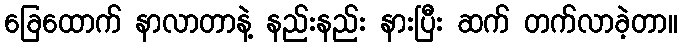
ခြေထောက် နာလာတာနဲ့ နည်းနည်း နားပြီး ဆက် တက်လာခဲ့တာ။